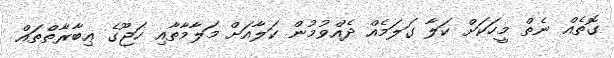
ގޮތެއް ނެތް މީހަކަށް ކަލާ ގަލަމެއް ދެއްވުމުން ކަލާއަށް މަލާމާތާއި ހަޖޫގެ ޢިބާރާތްތައް